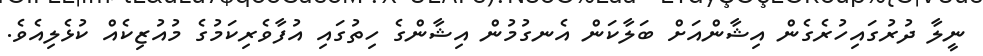
ނީލާ ދުރުގައިހުރެގެން އިޝާންއަށް ބަލާކަން އެނގުމުން އިޝާންގެ ހިތުގައި އުފާވެރިކަމުގެ މުއުޒިކެއް ކުޅެލިއެވެ.